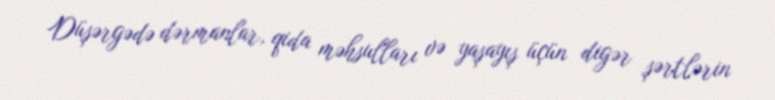
Düşərgədə dərmanlar, qida məhsulları və yaşayış üçün digər şərtlərin